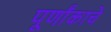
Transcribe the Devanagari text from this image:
पूर्णांकाचे